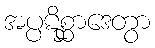
အပ္ပဋိစ္ဆာဒေတွာ